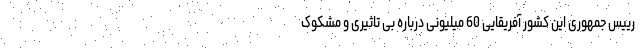
رییس جمهوری این کشور آفریقایی 60 میلیونی درباره بی تاثیری و مشکوک